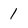
Character: 1